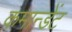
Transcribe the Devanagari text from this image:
कमान्डेंट